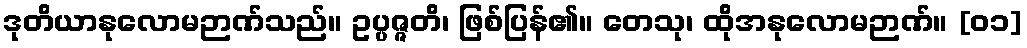
ဒုတိယာနုလောမဉာဏ်သည်။ ဥပ္ပဇ္ဇတိ၊ ဖြစ်ပြန်၏။ တေသု၊ ထိုအနုလောမဉာဏ်။ [၀၁]